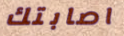
اصابتك